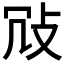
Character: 𢼀